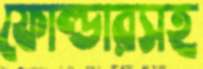
ফোল্ডারসহ